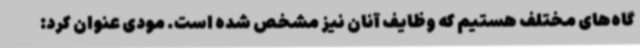
گاه‌های مختلف هستیم که وظایف آنان نیز مشخص شده است. مودی عنوان کرد: